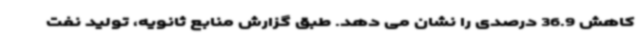
کاهش 36.9 درصدی را نشان می دهد. طبق گزارش منابع ثانویه، تولید نفت